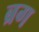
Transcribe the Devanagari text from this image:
ब्रग